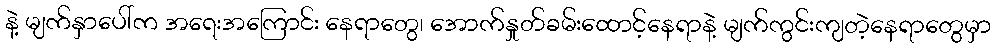
နဲ့ မျက်နှာပေါ်က အရေးအကြောင်း နေရာတွေ၊ အောက်နှုတ်ခမ်းထောင့်နေရာနဲ့ မျက်ကွင်းကျတဲ့နေရာတွေမှာ